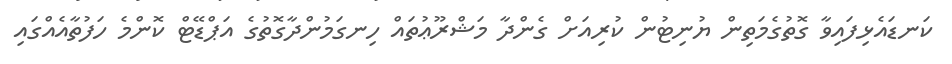
ކަނޑައެޅިފައިވާ ގޮތުގެމަތިން ޔުނިޓުން ކުރިއަށް ގެންދާ މަޝްރޫޢުތައް ހިނގަމުންދާގޮތުގެ އަޕްޑޭޓް ކޮންމެ ހަފުތާއެއްގައި